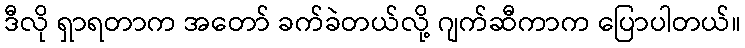
ဒီလို ရှာရတာက အတော် ခက်ခဲတယ်လို့ ဂျက်ဆီကာက ပြောပါတယ်။